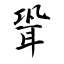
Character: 聓